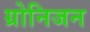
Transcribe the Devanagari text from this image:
ग्रोनिजन